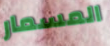
المسمار